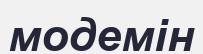
модемін